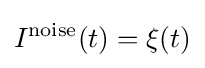
I^{\rm {noise}}(t)=\xi (t)